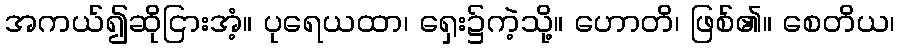
အကယ်၍ဆိုငြားအံ့။ ပုရေယထာ၊ ရှေး၌ကဲ့သို့။ ဟောတိ၊ ဖြစ်၏။ စေတိယ၊